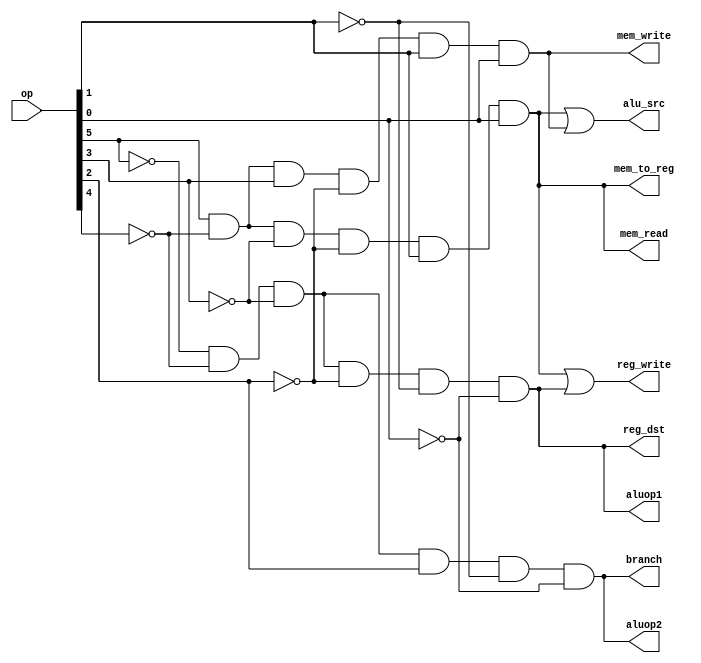
module main_control(reg_dst, alu_src, mem_to_reg, reg_write, mem_read, mem_write, branch, aluop1, aluop2, op);
    output reg_dst, alu_src, mem_to_reg, reg_write, mem_read, mem_write, branch, aluop1, aluop2;
    input [5:0] op;
    wire r_format, lw, sw, beq;
    
    assign r_format = (~op[5]) & ~op[4] & ~op[3] & ~op[2] & ~op[1] & ~op[0];
    assign lw = (op[5]) & ~op[4] & ~op[3] & ~op[2] & op[1] & op[0];
    assign sw = (op[5]) & ~op[4] & op[3] & ~op[2] & op[1] & op[0];
    assign beq = (~op[5]) & ~op[4] & ~op[3] & op[2] & ~op[1] & ~op[0];

    assign reg_dst = r_format;
    assign alu_src = lw | sw;
    assign mem_to_reg = lw;
    assign reg_write = lw | r_format;
    assign mem_read = lw;
    assign mem_write = sw;
    assign branch = beq;
    assign aluop1 = r_format;
    assign aluop2 = beq;
endmodule